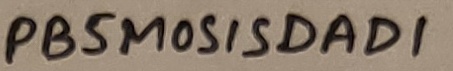
Text: PB5MOSISDAD1